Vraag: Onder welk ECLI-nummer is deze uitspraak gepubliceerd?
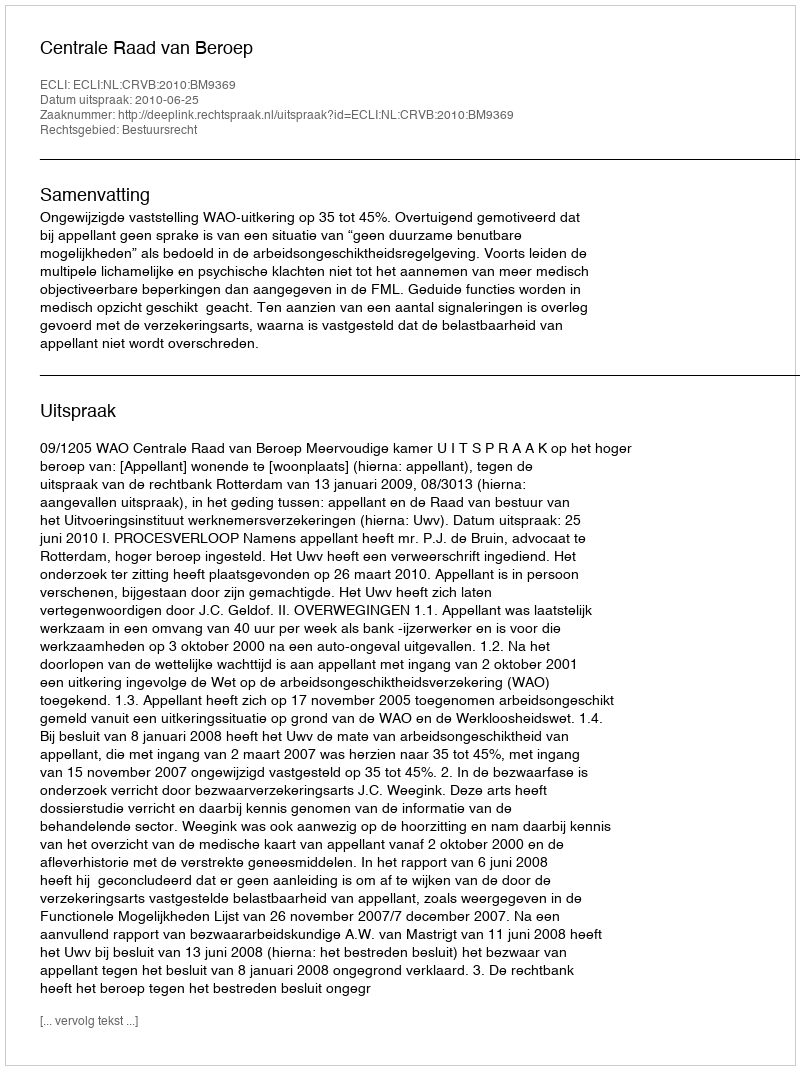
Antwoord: ECLI:NL:CRVB:2010:BM9369